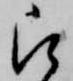
被